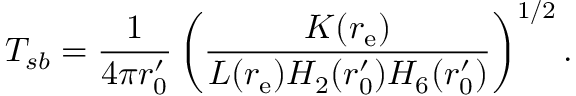
T _ { s b } = { \frac { 1 } { 4 \pi r _ { 0 } ^ { \prime } } } \left( { \frac { K ( r _ { \mathrm { e } } ) } { L ( r _ { \mathrm { e } } ) H _ { 2 } ( r _ { 0 } ^ { \prime } ) H _ { 6 } ( r _ { 0 } ^ { \prime } ) } } \right) ^ { 1 / 2 } .